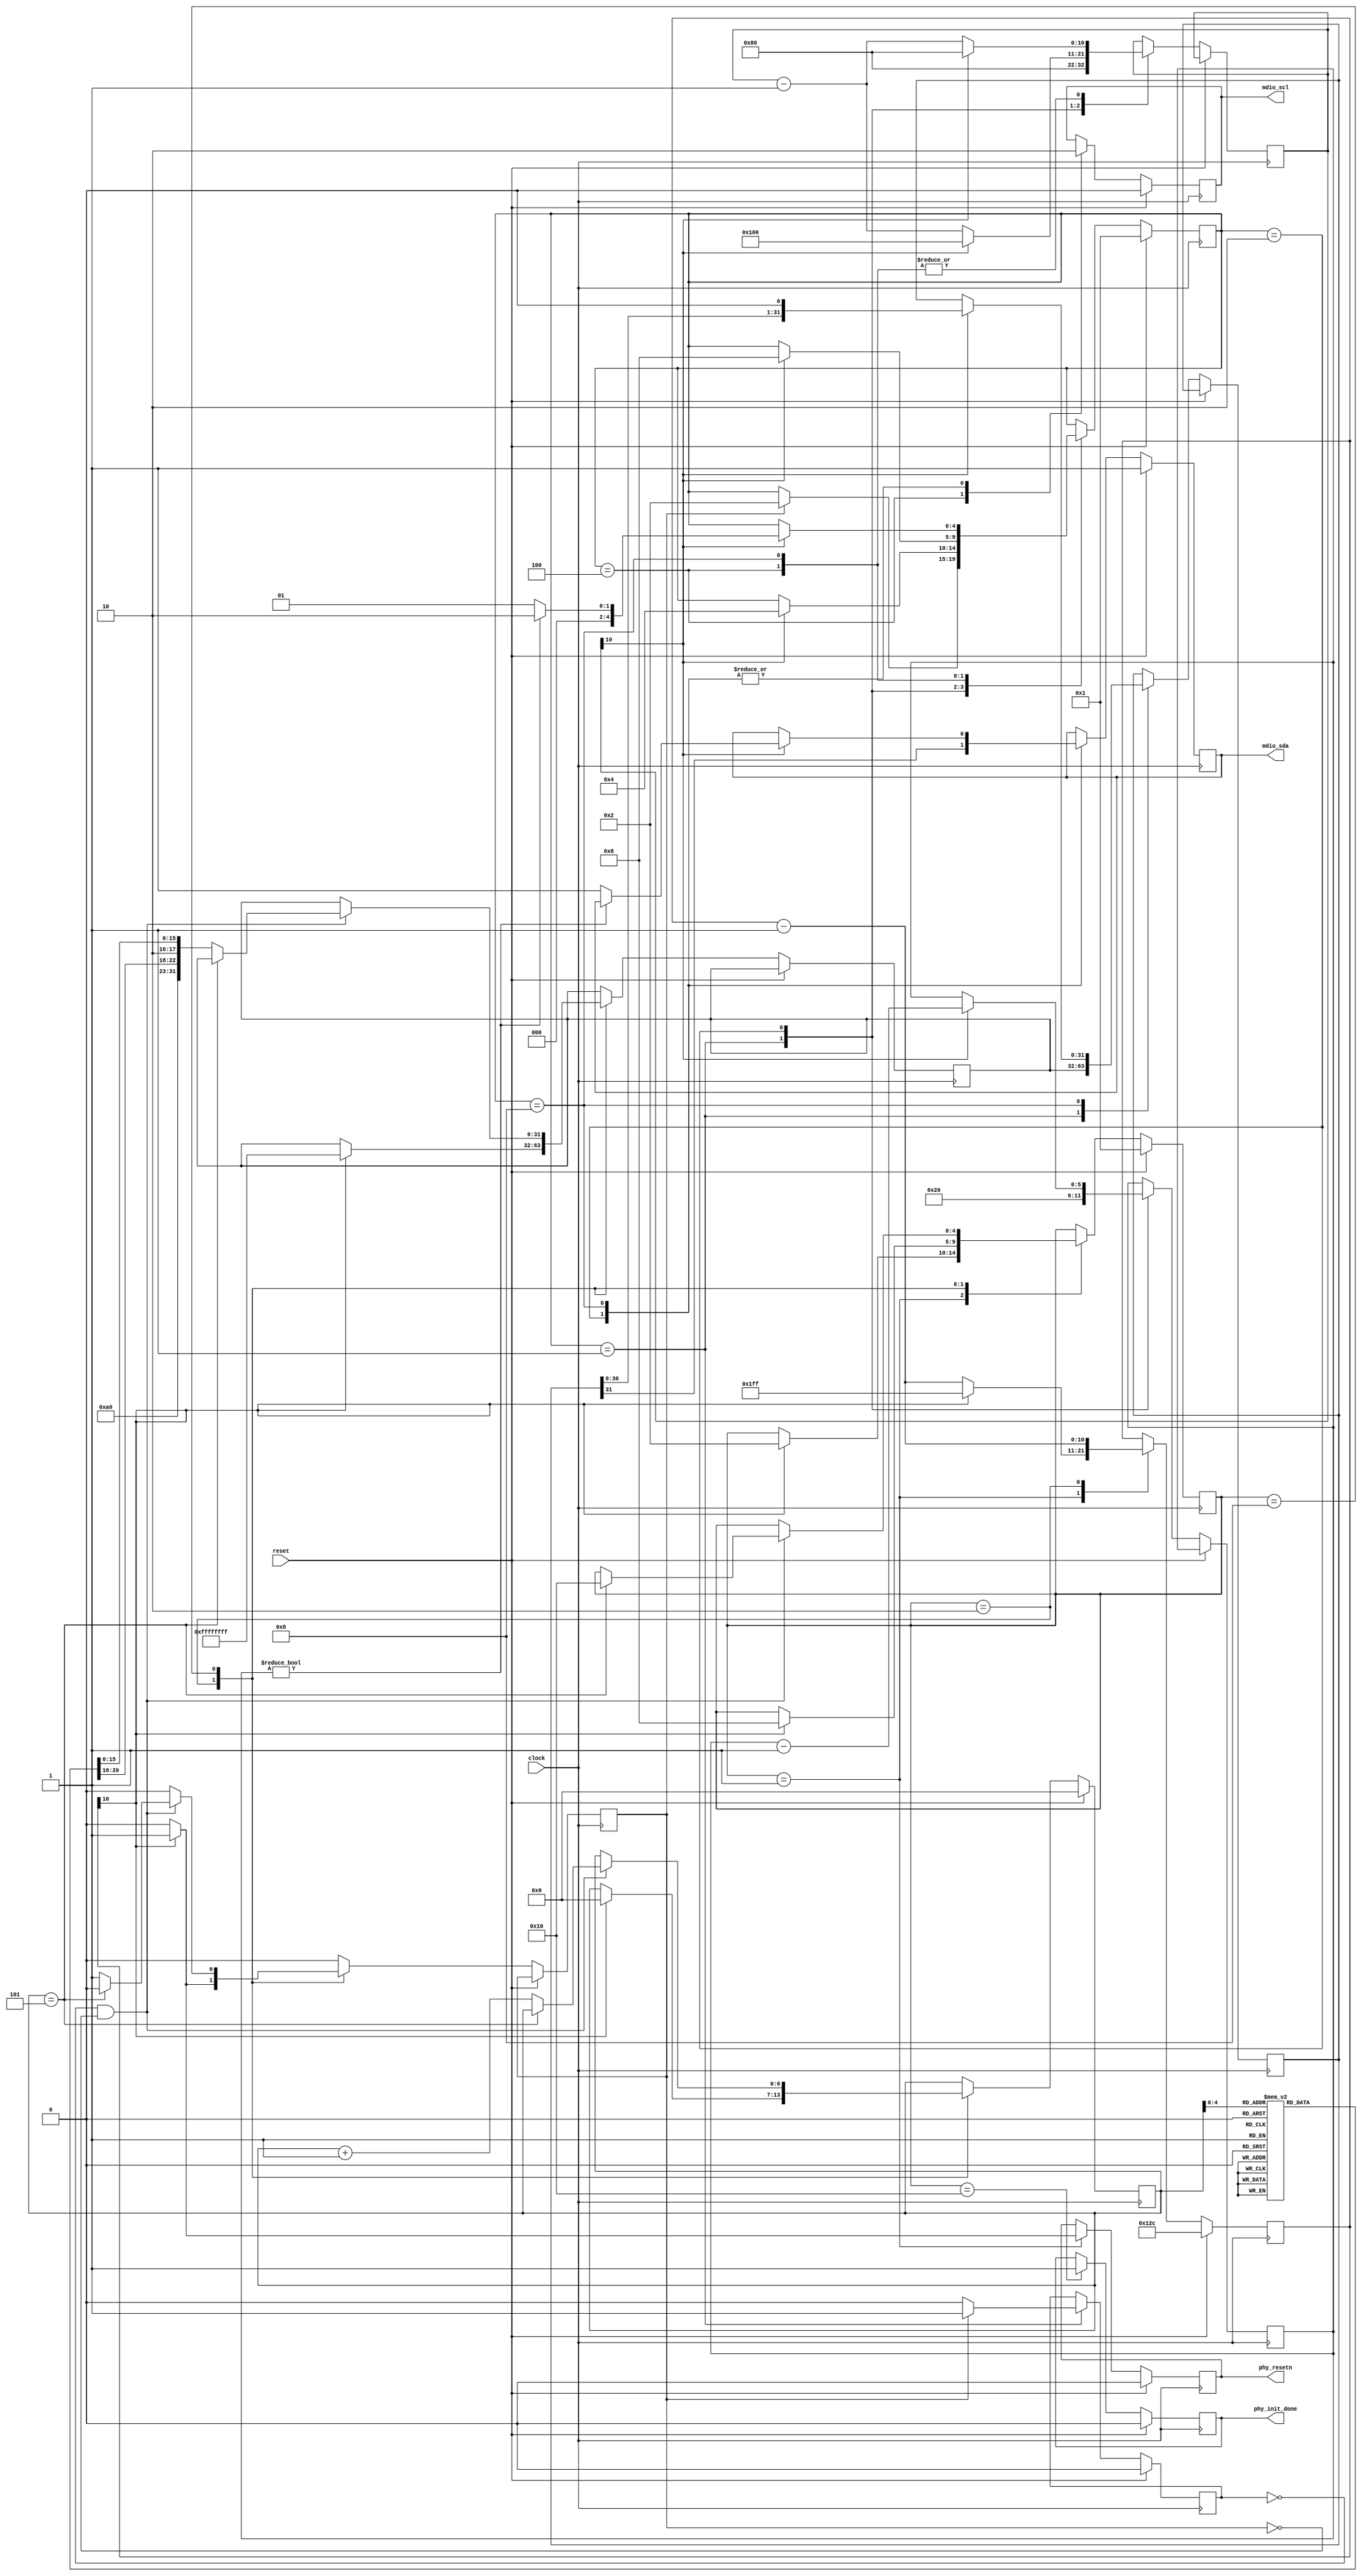
// This program was cloned from: https://github.com/lucysrausch/colorlight-led-cube
// License: GNU General Public License v3.0

`default_nettype none
module phy_sequencer(input wire clock,
                     input wire reset,
                     output reg phy_resetn,
                     output reg mdio_scl,
                     output reg mdio_sda,
                     output reg phy_init_done);
                     
                     
    reg [10:0]  phy_timer;
    reg [10:0]  mdio_timer;
    reg [31:0] mdio_message;
    reg [31:0] mdio_shreg;
    reg [5:0] mdio_bitcnt;
    reg mdio_busy;
    reg mdio_send;
    
    localparam MDIO_IDLE   = 5'b00001,
                MDIO_PRE   = 5'b00010,
                MDIO_CLOCK = 5'b00100,
                MDIO_POST  = 5'b01000;
    
    reg [4:0] mdio_state = MDIO_IDLE;
    
    always @(posedge clock) begin
        if (reset) begin
            mdio_state = MDIO_IDLE;
            mdio_busy <= 1'b0;
            mdio_scl <= 1'b0;
            mdio_sda <= 1'b1;
        end else begin
            case (mdio_state) 
                MDIO_IDLE : begin
                    mdio_busy   <= 1'b0;
                    mdio_timer  <= 10'd128;
                    mdio_bitcnt <= 6'd32;
                    mdio_shreg  <= mdio_message;
                    if (mdio_send) begin
                        mdio_busy   <= 1'b1;
                        mdio_state  <= MDIO_PRE;
                    end
                end
                MDIO_PRE : begin
                    mdio_scl   <= 1'b0;
                    mdio_sda   <= mdio_shreg[31];
                    mdio_timer <= mdio_timer - 1'b1;
                    if (mdio_timer[10]) begin
                        mdio_bitcnt <= mdio_bitcnt - 1'b1;
                        mdio_state  <= MDIO_CLOCK;
                        mdio_timer  <= 10'd256;
                    end
                end
                MDIO_CLOCK : begin
                    mdio_scl   <= 1'b1;
                    mdio_timer <= mdio_timer - 1'b1;
                    if (mdio_timer[10]) begin
                        mdio_state  <= MDIO_POST;
                        mdio_timer  <= 10'd128;
                    end
                end
                MDIO_POST : begin
                    mdio_scl   <= 1'b0;
                    mdio_timer <= mdio_timer - 1'b1;
                    if (mdio_timer[10]) begin
                        mdio_shreg <= {mdio_shreg[30:0],1'b0};
                        mdio_timer  <= 10'd128;
                        if (mdio_bitcnt != 0) begin
                            mdio_state <= MDIO_PRE;
                        end else begin
                            mdio_sda   <= 1'b1;
                            mdio_state <= MDIO_IDLE;
                        end
                    end     
                end
            endcase
        end
    end
    
    reg [4:0] phy_state;
    
    localparam PHY_RESET = 5'b00001,
               PHY_POSTRESET = 5'b00010,
               PHY_MDIO_PREAMBLE = 5'b00100,
               PHY_MDIO_INIT = 5'b01000,
               PHY_MDIO_DONE = 5'b10000;
    
    localparam REG_0_PHY_RESET = 1'b1,
               REG_0_INTERNAL_LOOPBACK = 1'b1,
               REG_0_SPEED_1000MBPS = 2'b10,
               REG_0_AUTO_NEGOTIATION = 1'b1,
               REG_0_POWER_DOWN = 1'b1,
               REG_0_ISOLATE = 1'b1,
               REG_0_RESTART_AUTONEGOTIATION = 1'b1,
               REG_0_FULL_DUPLEX = 1'b1,
               REG_0_COLLISION_TEST = 1'b1;
               
    localparam REG_10_DISABLE_AUTOMATIC_MDI_CROSSOVER = 1'b1,
               REG_10_TRANSMIT_DISABLE                = 1'b1,
               REG_10_INTERRUPT_DISABLE               = 1'b1,
               REG_10_FORCE_INTERRUPT                 = 1'b1,
               REG_10_BYPASS_4B5B_DECODER             = 1'b1,
               REG_10_BYPASS_SCRAMBLER                = 1'b1,
               REG_10_BYPASS_MLT3                     = 1'b1,
               REG_10_BYPASS_SYMBOL_ALIGN             = 1'b1,
               REG_10_ENABLE_LED_TRAFFIC_MODE         = 1'b1,
               REG_10_FORCE_LEDS_ON                   = 1'b1,
               REG_10_FORCE_LEDS_OFF                  = 1'b1,
               REG_10_FIFO_ELASTICITY_HIGH_LATENCY    = 1'b1;
    
    initial phy_init_done <= 1'b0;
    
        
    localparam PHYADDR = 5'b00000;
    localparam PHYINIT = 5'd5;
    
    reg [20:0] phy_init_values [31:0];
    
    initial begin
        phy_init_values[0] = { 5'b0,
                               ~REG_0_PHY_RESET,
                               ~REG_0_INTERNAL_LOOPBACK,
                                REG_0_SPEED_1000MBPS[0],
                                REG_0_AUTO_NEGOTIATION,
                                ~REG_0_POWER_DOWN,
                                ~REG_0_ISOLATE,
                                ~REG_0_RESTART_AUTONEGOTIATION,
                                REG_0_FULL_DUPLEX,
                                ~REG_0_COLLISION_TEST,
                                REG_0_SPEED_1000MBPS[1],
                                6'b0};
        phy_init_values[1] = { 5'h10,
                                1'b0,
                                ~REG_10_DISABLE_AUTOMATIC_MDI_CROSSOVER,
                                ~REG_10_TRANSMIT_DISABLE               ,
                                REG_10_INTERRUPT_DISABLE              ,
                                ~REG_10_FORCE_INTERRUPT                ,
                                ~REG_10_BYPASS_4B5B_DECODER            ,
                                ~REG_10_BYPASS_SCRAMBLER               ,
                                ~REG_10_BYPASS_MLT3                    ,
                                ~REG_10_BYPASS_SYMBOL_ALIGN            ,
                                ~REG_10_ENABLE_LED_TRAFFIC_MODE        ,
                                ~REG_10_FORCE_LEDS_ON                  ,
                                ~REG_10_FORCE_LEDS_OFF                 ,
                                2'b00,
                                REG_10_FIFO_ELASTICITY_HIGH_LATENCY};
        phy_init_values[2] = { 5'h1C,
                               1'b1, // write enable
                               5'b01010, // Auto Power Down register
                               4'b0, // reserved
                               1'b0, // Disabled
                               1'b0, //Sleep timer is 2.7s
                               4'b1}; // Wakeup timer
        phy_init_values[3] = { 5'h1C,
                               1'b1,
                               5'b01011,
                               2'b00, 
                               1'b0,  // CLK125_NONRGMII_DISABLE
                               1'b0,  // SOFT-RESET disable
                               1'b0,  // Reserved
                               1'b0,  // SEL1
                               1'b0,  // SEL0
                               1'b0,  // LOM LED
                               2'b00};
        phy_init_values[4] = { 5'h09,
                               3'b0, //normal mode
                               1'b0, //auto m/s
                               1'b0, //slave
                               1'b0, // DTE
                               1'b1, // 1000 FD
                               1'b1, // 1000 HD
                               8'b0
                             };

    end
    
    reg [6:0] init_counter;
    
    
    always @(posedge clock) begin
        if (reset) begin
            phy_resetn <= 1'b0;
            phy_state  <= PHY_RESET;
            phy_timer  <= 300;
            phy_init_done = 1'b0;
            init_counter  <= 7'b0;
        end else begin
            mdio_send    <= 1'b0;
            case (phy_state)
                PHY_RESET : begin
                    phy_resetn <= 1'b0;
                    phy_timer  <= phy_timer - 11'b1;
                    if (phy_timer[10]) begin
                        phy_timer  <= 511;
                        phy_resetn <= 1'b1;
                        phy_state  <= PHY_POSTRESET;
                    end
                end
                PHY_POSTRESET : begin
                    phy_timer  <= phy_timer - 11'b1;
                    if (phy_timer[10]) begin
                        init_counter <= 7'b0;
                        mdio_message <= 32'hFFFFFFFF;
                        phy_state    <= PHY_MDIO_INIT;
                        mdio_send    <= 1'b1;
                    end
                end
                PHY_MDIO_INIT : begin
                    if (~mdio_busy & ~mdio_send) begin
                        if (init_counter == PHYINIT) begin
                            phy_state    <= PHY_MDIO_DONE;
                        end else begin
                            mdio_message <= {4'b0101,PHYADDR,phy_init_values[init_counter][20:16],2'b10,phy_init_values[init_counter][15:0]};
                            init_counter <= init_counter + 1'b1;
                            mdio_send    <= 1'b1;
                        end
                    end
                end
                PHY_MDIO_DONE : begin
                    phy_init_done <= 1'b1;
                end
            endcase
        end
    end
                     
                     
endmodule